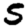
Digit: 5